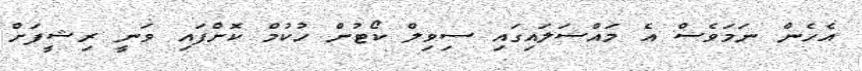
އެހެން ނަމަވެސް އެ މައްސަލައިގައި ސިވިލް ކޯޓުން ހުކުމް ކޮށްފައި ވަނީ ރިޝީފަށް